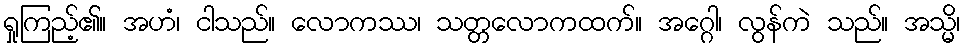
ရှုကြည့်၏။ အဟံ၊ ငါသည်။ လောကဿ၊ သတ္တလောကထက်။ အဂ္ဂေါ၊ လွန်ကဲ သည်။ အသ္မိ၊